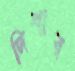
দিশার